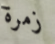
زمرة